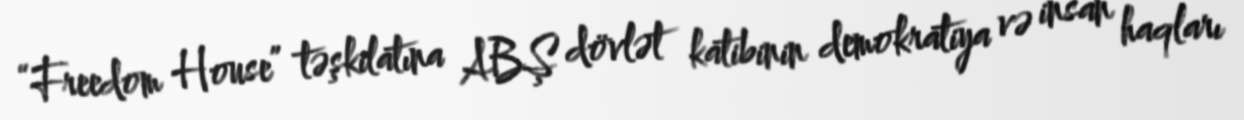
“Freedom House” təşkilatına ABŞ dövlət katibinin demokratiya və insan haqları